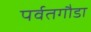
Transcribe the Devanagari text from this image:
पर्वतगौडा